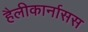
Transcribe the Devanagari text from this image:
हैलीकार्नासस